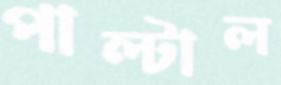
পাল্টাল